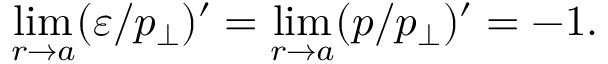
\operatorname * { l i m } _ { r \to a } ( \varepsilon / p _ { \perp } ) ^ { \prime } = \operatorname * { l i m } _ { r \to a } ( p / p _ { \perp } ) ^ { \prime } = - 1 .